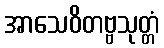
အာသေဝိတဗ္ဗသုတ္တံ